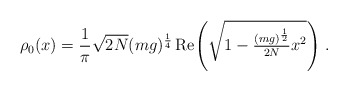
\begin{align*}\rho_{0}(x)=\frac{1}{\pi}\sqrt{2N}(mg)^{\frac{1}{4}}\,\mbox{Re}\!\left(\sqrt{1-\textstyle{\frac{(mg)^{\frac{1}{2}}}{2N}}x^{2}}\right)\,.\end{align*}